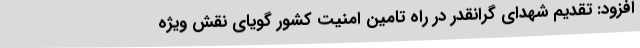
افزود: تقدیم شهدای گرانقدر در راه تامین امنیت کشور گویای نقش ویژه